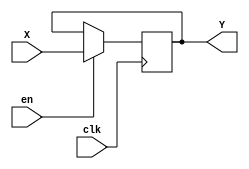
/*module regm(input clk, en, input [15:0]X, output [15:0]Y);

// Register file storage
reg [15:0] register;

// Read and write from register file
always @(posedge clk) begin
    if (en)
        register <= X;
    else
        Y <= register;
end

endmodule */

module regm(
        input clk,
        input [15:0] X,
        input en,
        output reg [15:0] Y
        );
        
        always@(posedge clk)
            if(en)
                Y<=X;
endmodule


/*module regm(input clk,en, input X, output Y);
wire mux_out;
mux m1(mux_out, en, Y, X);
dff d1(Y, clk, mux_out);
endmodule

module mux(out, sel, a, b);
input sel, a, b;
output out;
wire w;
notg not_gate(w, sel);
pmos p1(out, b, w);
nmos n1(out, b, sel);
pmos p2(out, a, sel);
nmos n2(out, a, w);
endmodule

module notg(out, in);
input in;
output out;
wire vdd, gnd;
assign vdd = 1'b1;
assign gnd = 1'b0;
pmos p1(out, vdd, in);
nmos n1(out, gnd, in);
endmodule

module dff(out, clk, in);
input clk, in;
output out;
wire p, o, w_not, q, q_bar;
nand n11(p, in, clk);
nand n12(o, clk, w_not);
nand n21(q, p, q_bar);
nand n22(q_bar, o, q);
not not1(w_not, in);
assign out = q;
endmodule*/